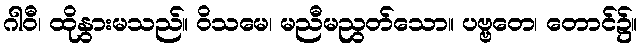
ဂါဝီ၊ ထိုနွားမသည်။ ဝိသမေ၊ မညီမညွတ်သော။ ပဗ္ဗတေ၊ တောင်၌။